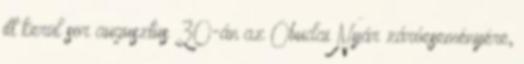
itt kerül sor augusztus 30-án az Óbudai Nyár záróeseményére,